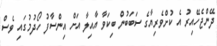
ދޭންޖެހޭއިރު އެ ކުށްވެރިޔާގެ ސަބަބުން ބިކަވާ އާއިލާ އަށް އިންސާފު ހޯދުމުގައި ވެސް